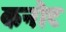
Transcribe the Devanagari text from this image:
कनौट